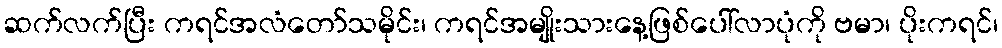
ဆက်လက်ပြီး ကရင်အလံတော်သမိုင်း၊ ကရင်အမျိုးသားနေ့ဖြစ်ပေါ်လာပုံကို ဗမာ၊ ပိုးကရင်၊